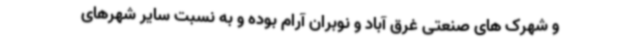
و شهرک های صنعتی غرق آباد و نوبران آرام بوده و به نسبت سایر شهرهای